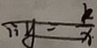
\because y = \frac { k } { x }